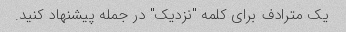
یک مترادف برای کلمه "نزدیک" در جمله پیشنهاد کنید.